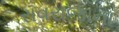
રાવરાજાના